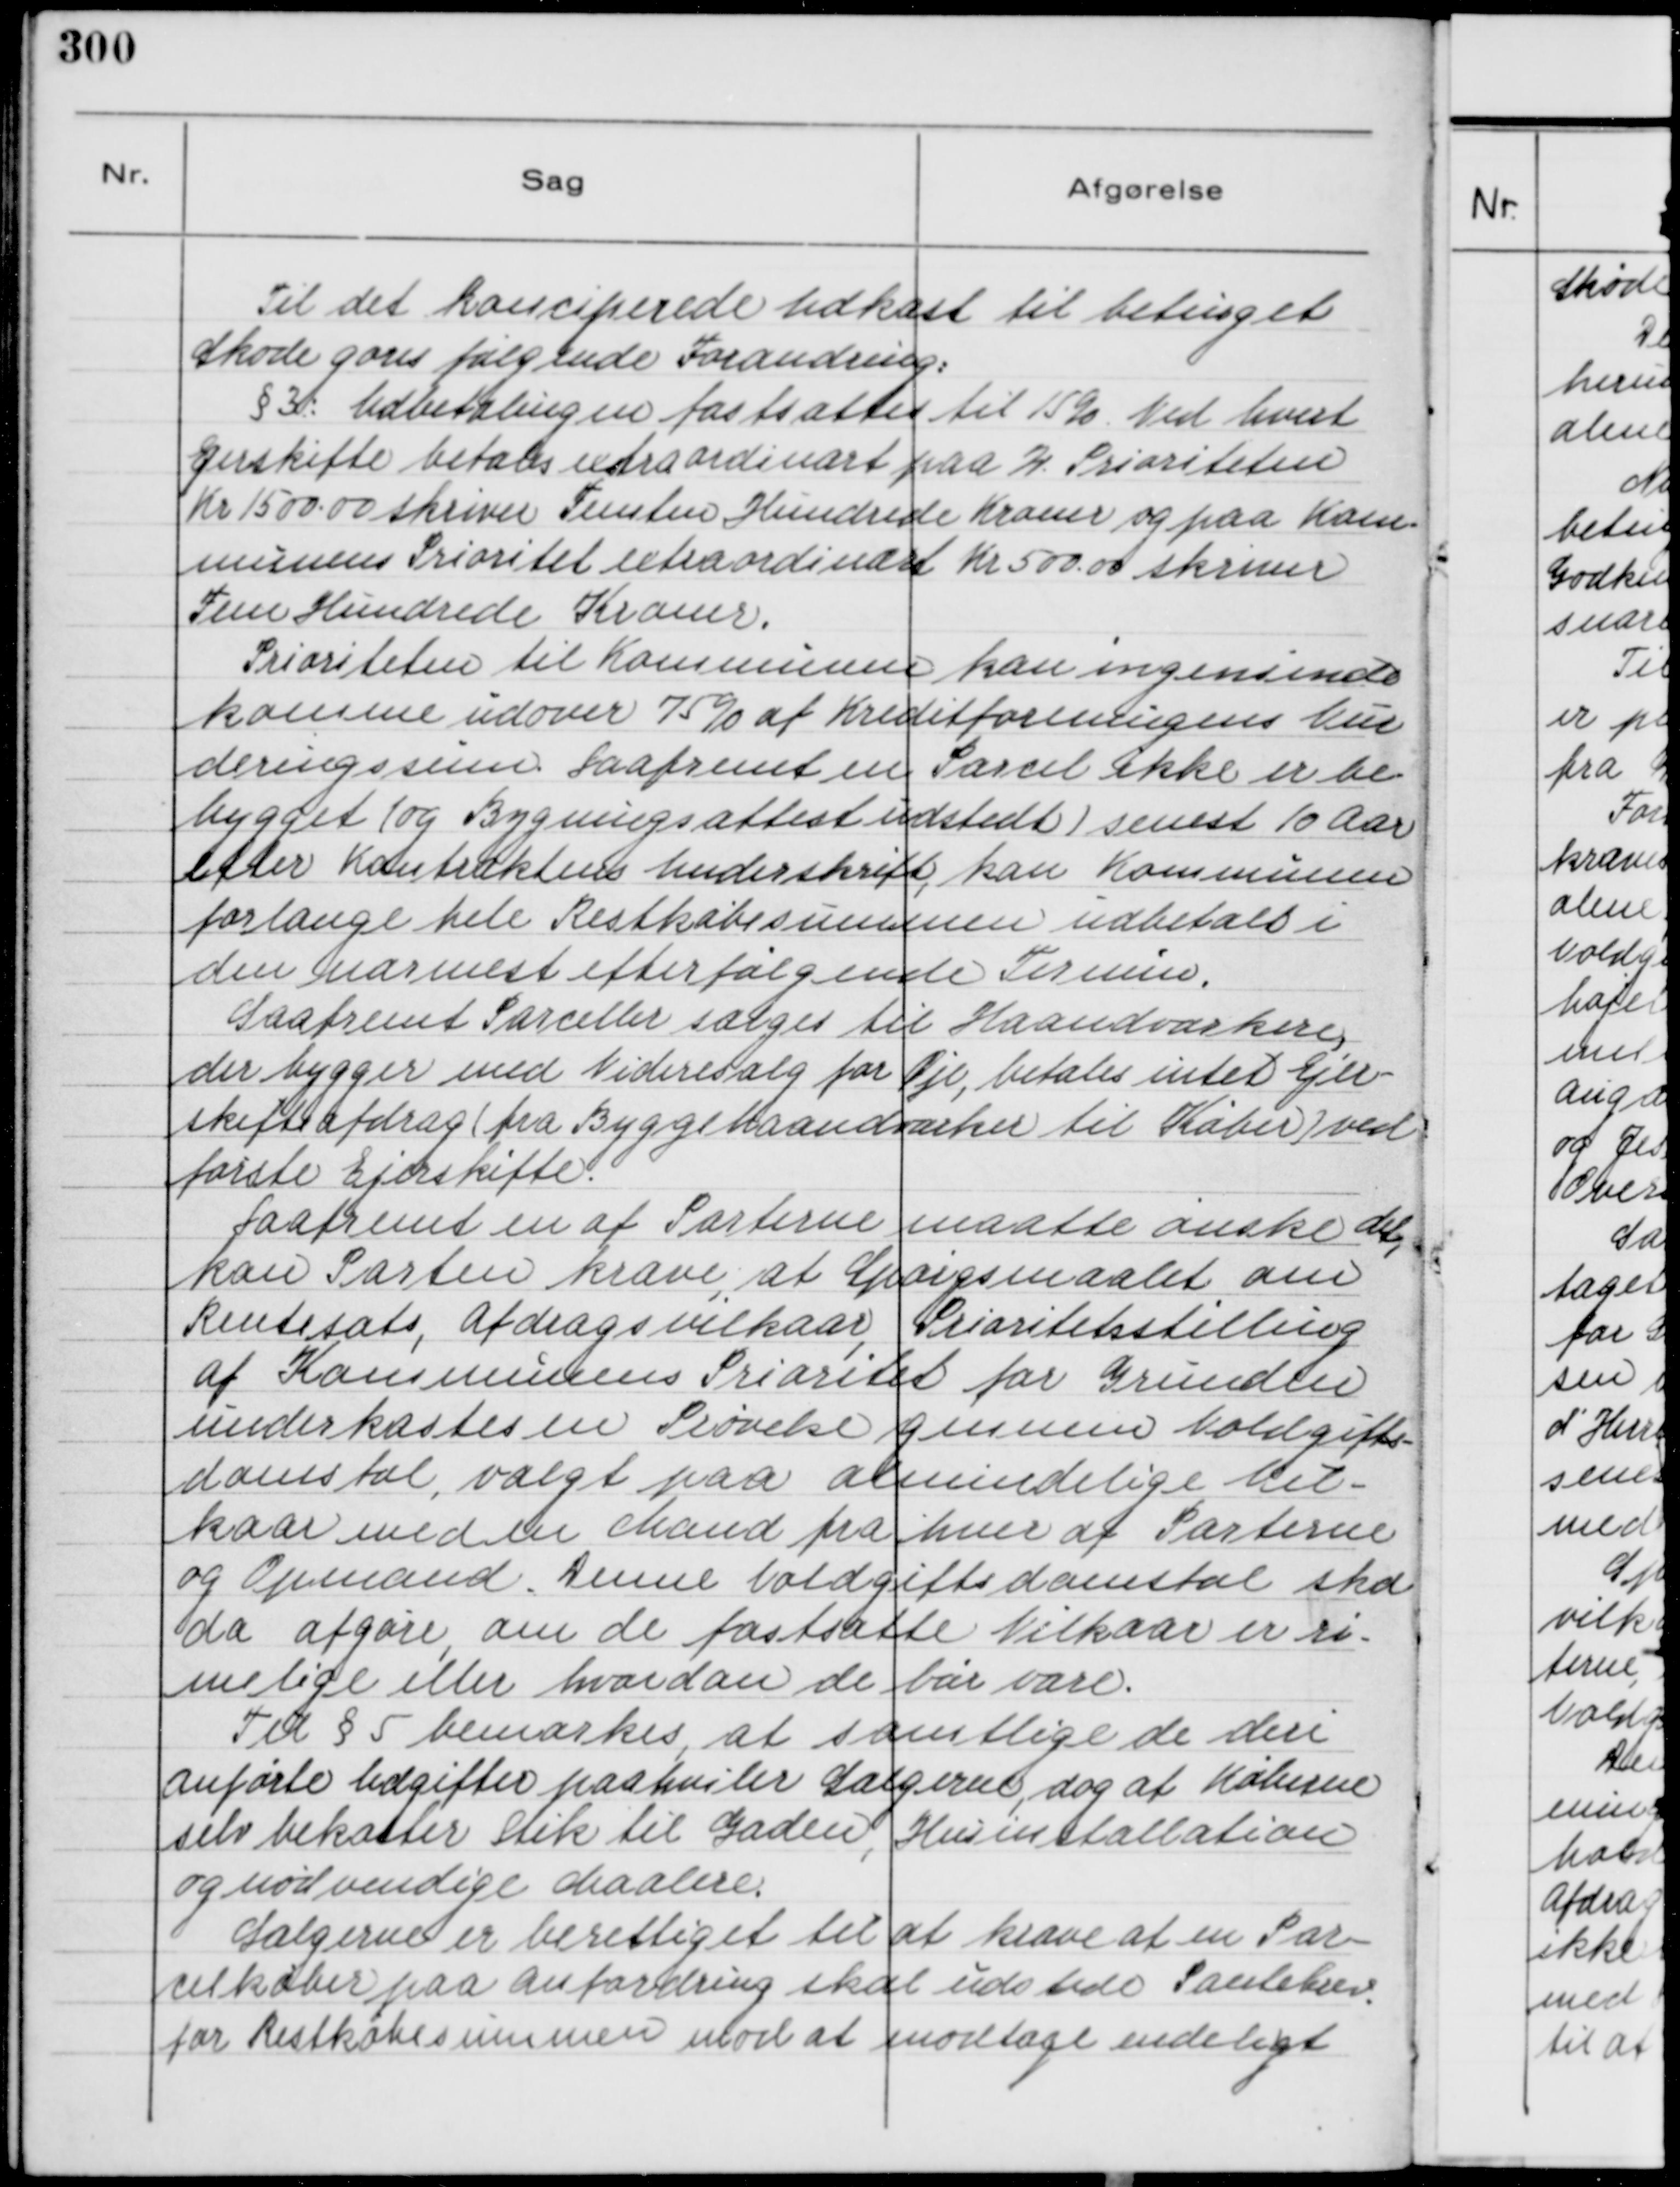
Transskription:
Til det konciperede Udkast til betinget
Skøde gøres følgende Forandring:
§ 3.: Udbetalingen fastsattes til 15%. Ved hvert
Ejerskifte betales extraordinært paa 2. Prioriteten
Kr 1500,00 skriver Femten Hundrede Kroner og paa Kom-
munens Prioritet extraordinært Kr 500,00 skriver
Fem Hundrede Kroner.
Prioriteten til Kommunen kan ingensinde
komme udover 75% af Kreditforeningens Vur
deringssum. Saafremt en Pacel ikke er be-
bygget ( og Bygningsattest udstedt ) senest 10 Aar
efter Kontraktens Underskrift, kan Kommunen
forlange hele Restkøbesummen udbetalt i
den nærmest efterfølgende Termin.
Saafremt Parceller sælges til Haandværkere,
der bygger med Videresalg for Øje, betales intet Ejer-
skifteafdrag ( fra Byggehaandværker til Køber ) ved
første Ejerskifte.
Saafremt en af Parterne maatte ønske det,
kan Parten kræve, at Spørgsmaalet om
Rentesats, Afdragsvilkaar, Prioritetsstilling
af Kommunens Prioritet for Grunden
underkastes en Prøvelse gennem Voldgifts-
domstol, valgt paa almindelige Vil-
kaar med en Mand fra hver af Parterne
og Opmand. Denne Voldgiftsdomstol skal
da afgøre, om de fastsatte Vilkaar er ri-
melige eller hvordan de bør være.
Til § 5 bemærkes, at samtlige deri
anførte Udgifter paahviler Sælgerne, dog at Køberne
selv bekoster Stik til Gaden, Husinstalation
og nødvendige Maalere.
Sælgerne er berettiget til at kræve at en Par-
cekøber paa Anfordring skal udstede Pantebrev
for Restkøbesummen mod at modtage endeligt